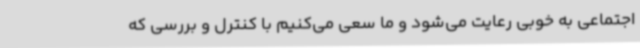
اجتماعی به خوبی رعایت می‌شود و ما سعی می‌کنیم با کنترل و بررسی که